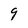
Character: 9